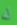
له